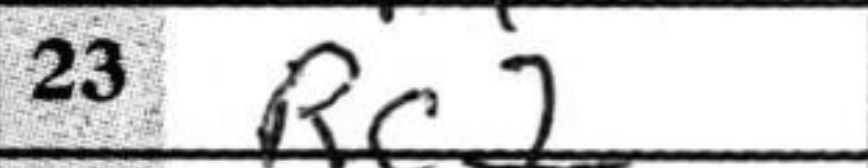
Transcription: Rc2